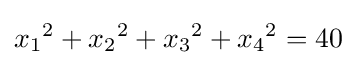
{x_{1}}^{2}+{x_{2}}^{2}+{x_{3}}^{2}+{x_{4}}^{2}=40